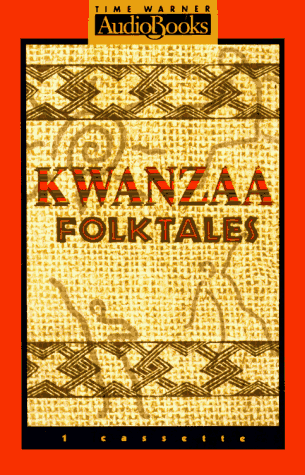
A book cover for Kwanzaa Folktales; Gordon Lewis; Children's Books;